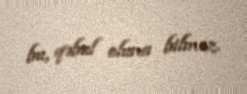
bu, qəbul oluna bilməz.